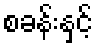
စခန်းနှင့်